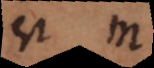
est m